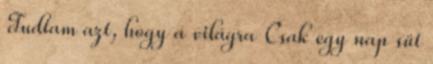
Tudtam azt, hogy a világra Csak egy nap süt